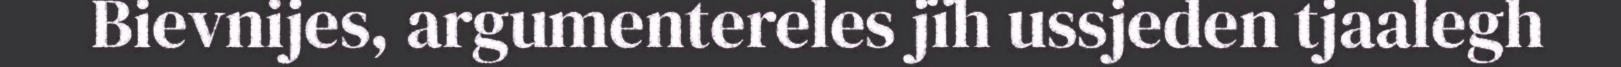
Bievnijes, argumentereles jïh ussjeden tjaalegh